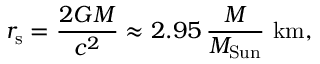
r _ { \mathrm { s } } = { \frac { 2 G M } { c ^ { 2 } } } \approx 2 . 9 5 \, { \frac { M } { M _ { \mathrm { S u n } } } } ~ \mathrm { k m , }